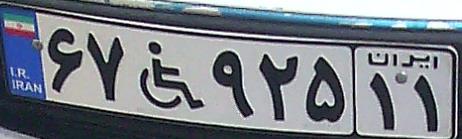
۶۷+۹۲۵۱۱